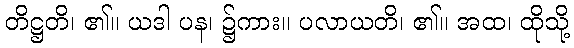
တိဋ္ဌတိ၊ ၏။ ယဒါ ပန၊ ၌ကား။ ပလာယတိ၊ ၏။ အထ၊ ထိုသို့